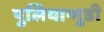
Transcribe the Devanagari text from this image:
पुलियान्गुडी